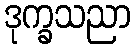
ဒုက္ခသညာ